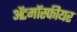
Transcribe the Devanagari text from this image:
ॲटमॉस्फीयर